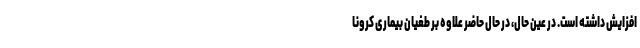
افزایش داشته است. در عین حال، در حال حاضر علاوه بر طغیان بیماری کرونا